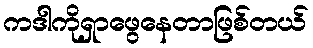
ကဒါကိုရှာဖွေနေတာဖြစ်တယ်